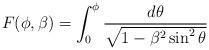
LaTeX: \begin{align*}F(\phi, \beta) = \int_0^\phi \frac{d \theta}{\sqrt{1 - \beta^2 \sin^2 \theta}}\end{align*}